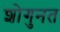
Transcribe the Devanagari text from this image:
शोगुनत